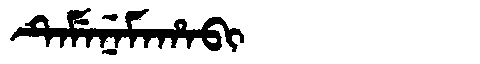
Manchu: ᡨᡝᠮᡝᠨᡝᠮᠠᡥᠠᠪᡳ
Romanization: TEMENEMAHABI